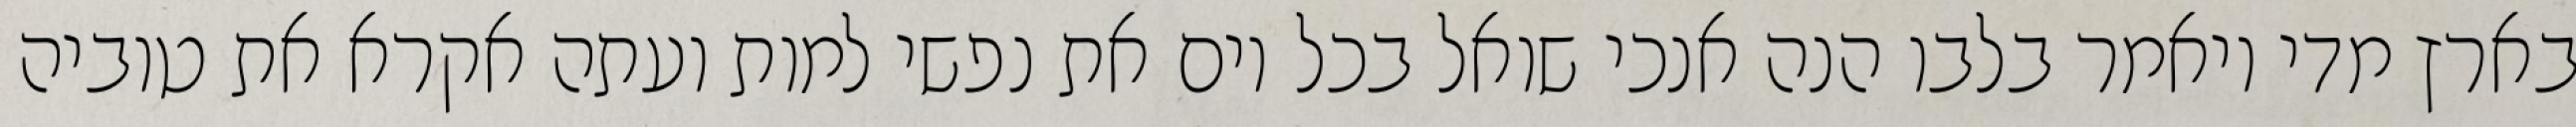
בארץ מדי ויאמר בלבו הנה אנכי שואל בכל יום את נפשי למות ועתה אקרא את טוביה